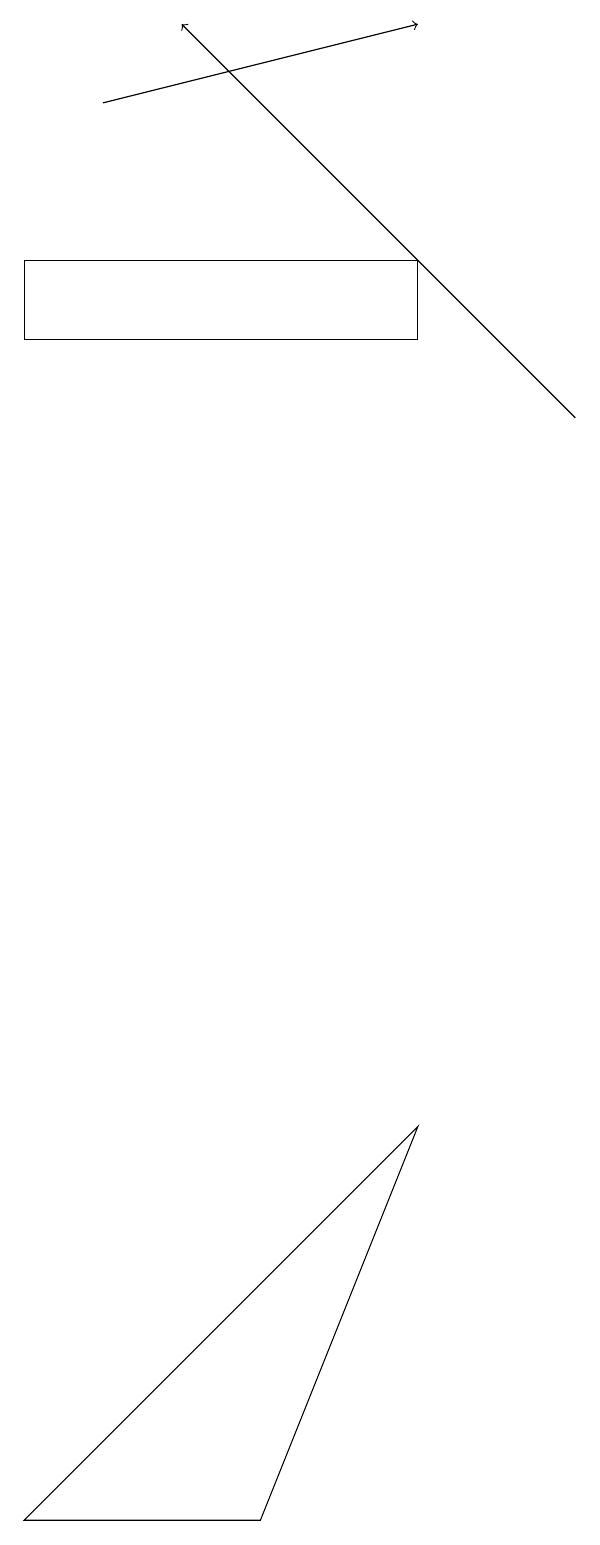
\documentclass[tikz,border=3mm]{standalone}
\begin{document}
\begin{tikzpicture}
\draw (6,15) rectangle (1,16);
\draw[->] (8,14) -- (3,19);
\draw[->] (2,18) -- (6,19);
\draw (1,0) -- (4,0) -- (6,5) -- cycle;
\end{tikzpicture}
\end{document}